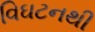
વિઘટનથી